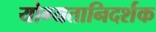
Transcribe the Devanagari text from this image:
योग्यतानिदर्शक